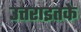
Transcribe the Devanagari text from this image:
उत्तराइतके